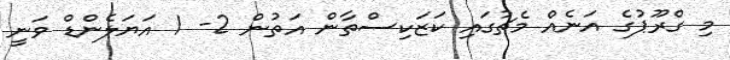
މި ގްރޫޕުގެ އަނެއް މެޗުގައި ކަޒަކިސްތާން އަތުން 2- 1 އަޔަލެންޑް ވަނީ